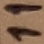
Text: 11